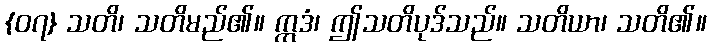
{၀၇} သတိ၊ သတိမည်၏။ ဣဒံ၊ ဤသတိပုဒ်သည်။ သတိယာ၊ သတိ၏။